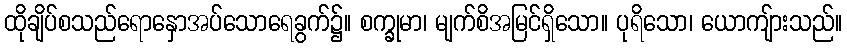
ထိုချိပ်စသည်ရောနှောအပ်သောရေခွက်၌။ စက္ခုမာ၊ မျက်စိအမြင်ရှိသော။ ပုရိသော၊ ယောကျ်ားသည်။